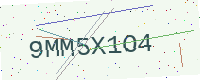
Text: 9MM5X1O4